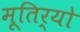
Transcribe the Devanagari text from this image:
मूतिर्यो